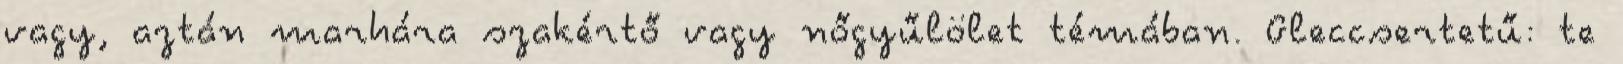
vagy, aztán marhára szakértő vagy nőgyűlölet témában. Gleccsertetű: te